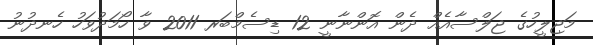
މަޖިލީހުގެ ޖަލްސާއެއް ދެން އޮންނާނީ 12 ޑިސެމްބަރ 2011 ވާ ހޯމަދުވަހު ހެނދުނު